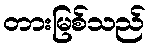
တားမြစ်သည်